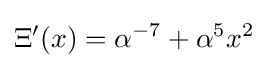
\Xi '(x)=\alpha ^{-7}+\alpha ^{5}x^{2}